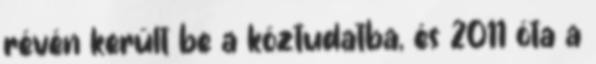
révén került be a köztudatba, és 2011 óta a